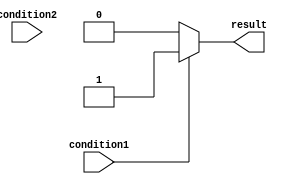
module if_else_ladder (
    input wire condition1,
    input wire condition2,
    output reg result
);

always @* begin
    if (condition1) begin
        result <= 1;
    end
    else if (condition2) begin
        result <= 2;
    end
    else begin
        result <= 0;
    end
end

endmodule